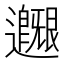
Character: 𨙐